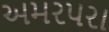
અમરપરા